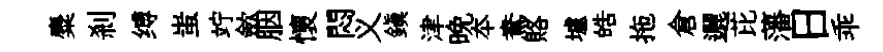
麋剎缚蚩竚歛胭懷悶义鎮津晚夲鴦賂壚皓拖倉邐芘藩日乖